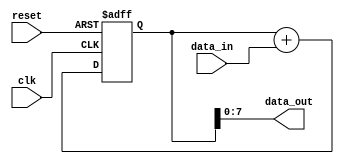
module pipeline_accumulator (
  input wire clk,
  input wire reset,
  input wire [7:0] data_in,
  output reg [7:0] data_out
);

reg [15:0] accumulator;

always @(posedge clk or posedge reset) begin
  if (reset) begin
    accumulator <= 8'h00;
  end else begin
    accumulator <= accumulator + data_in;
  end
end

assign data_out = accumulator[7:0];

endmodule